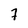
Character: 7